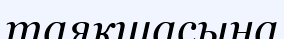
таяқшасына